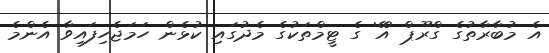
އެ މުބާރާތުގެ ގްރޫޕް 'އޭ' ގެ ޓީމްތަކުގެ މެދުގައި ކުޅެން ހަމަޖެހިފައިވާ އެންމެ